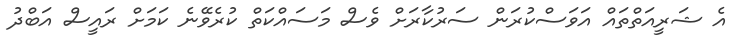
އެ ޝަރީއަތްތައް އަވަސްކުރަން ސަރުކާރަށް ވެސް މަސައްކަތް ކުރެވޭނެ ކަމަށް ރައީސް އަބްދު